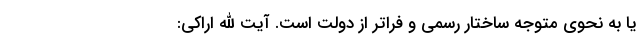
یا به نحوی متوجه ساختار رسمی و فراتر از دولت است. آیت الله اراکی: